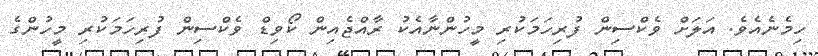
ހިމެނެއެވެ. އަލަށް ވެކްސިން ފުރިހަމަކުރި މީހުންނާއެކު ރާއްޖެއިން ކޯވިޑް ވެކްސިން ފުރިހަމަކުރި މީހުންގެ